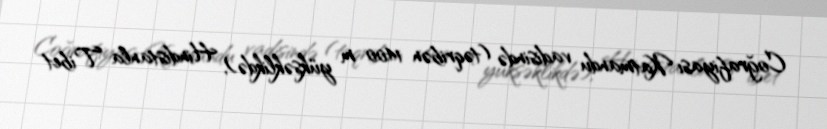
Coğrafiyası Katmandu vadisində (təqribən 1400 m yüksəklikdə), Hindistanla Tibet